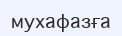
мухафазға